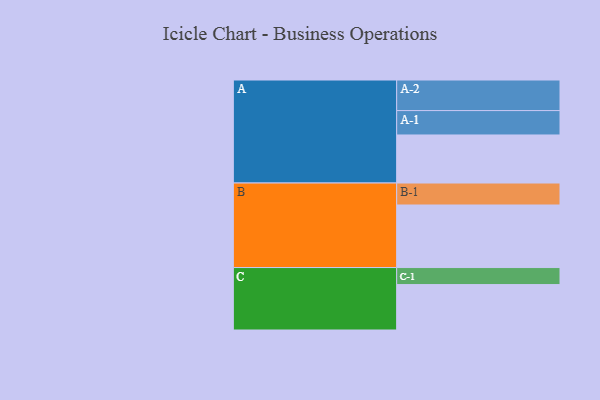
{"axis": {"x": "Segment", "y": "Value"}, "legend": ["", "A", "B", "C"], "data": [{"x": "A", "y": 457, "type": ""}, {"x": "B", "y": 595, "type": ""}, {"x": "C", "y": 432, "type": ""}, {"x": "A-1", "y": 232, "type": "A"}, {"x": "A-2", "y": 291, "type": "A"}, {"x": "B-1", "y": 209, "type": "B"}, {"x": "C-1", "y": 162, "type": "C"}]}